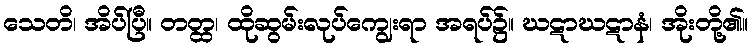
သေတိ၊ အိပ်ပြီ။ တတ္ထ၊ ထိုဆွမ်းလုပ်ကျွေးရာ အရပ်၌။ ဃဋာဃဋာနံ၊ အိုးတို့၏။